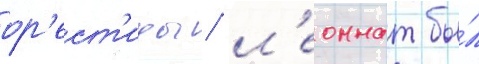
ор'ест'иды / л'еоннат бы́л